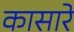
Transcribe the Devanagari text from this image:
कासारे